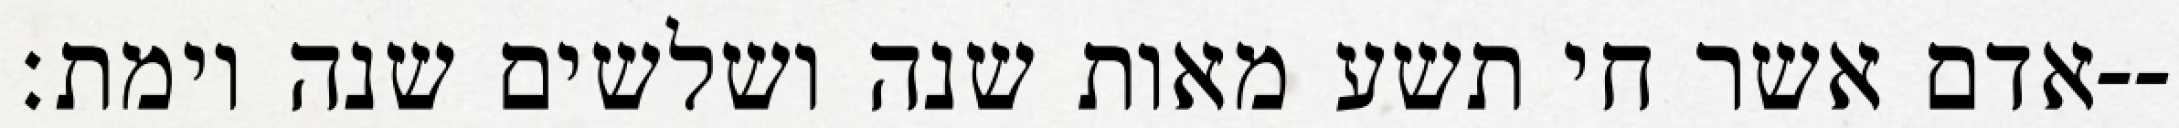
אדם אשר חי תשע מאות שנה ושלשים שנה וימת׃--